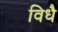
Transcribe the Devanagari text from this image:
विधै